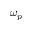
\omega _ { p }